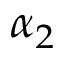
\alpha _ { 2 }